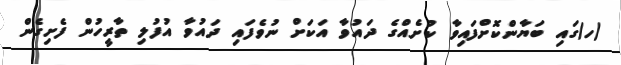
(ހ)ގައި ބަޔާންކޮށްފައިވާ ކުށެއްގެ ދައުވާ އަކަށް ނުވެފައި ދައުވާ އުފުލި ތާރީހުން ފެށިގެން